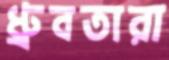
ধ্রুবতারা